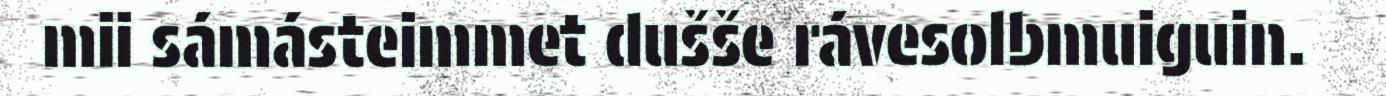
mii sámásteimmet dušše rávesolbmuiguin.